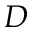
D